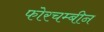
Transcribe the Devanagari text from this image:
फोरचम्बीन